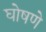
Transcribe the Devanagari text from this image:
घोषणे